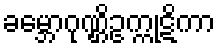
ခမ္ဘောဂုဏ္ဌိဥက္ကုဋိကာ